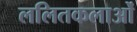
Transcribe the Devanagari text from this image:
ललितकलाओं